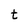
Character: t